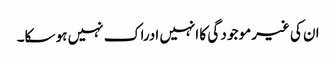
ان کی غیرمو جو د گی کا انہیں ادراک نہیں ہو سکا۔